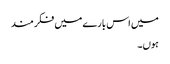
میں اس بارے میں فکر مند
ہوں۔